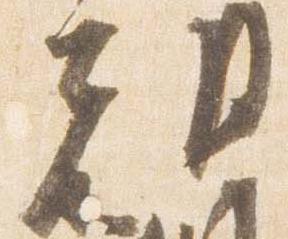
朝